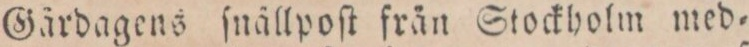
Gärdagens ſnällpoſt frän Stockholm med=